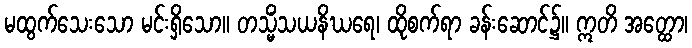
မထွက်သေးသော မင်းရှိသော။ တသ္မိံသယနိဃရေ၊ ထိုစက်ရာ ခန်းဆောင်၌။ ဣတိ အတ္ထော၊